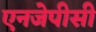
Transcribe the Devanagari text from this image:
एनजेपीसी